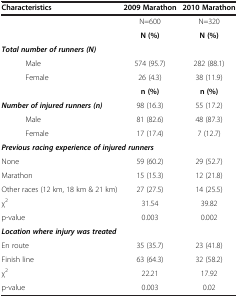
<table><thead><tr><td><b>Characteristics</b></td><td><b>2009 Marathon</b></td><td><b>2010 Marathon</b></td></tr></thead><tbody><tr><td> </td><td>N=600</td><td>N=320</td></tr><tr><td> </td><td><b>N (%)</b></td><td><b>N (%)</b></td></tr><tr><td colspan="3"><b><i>Total number of runners (N)</i></b></td></tr><tr><td>Male</td><td>574 (95.7)</td><td>282 (88.1)</td></tr><tr><td>Female</td><td>26 (4.3)</td><td>38 (11.9)</td></tr><tr><td> </td><td><b>n (%)</b></td><td><b>n (%)</b></td></tr><tr><td><b><i>Number of injured runners (n)</i></b></td><td>98 (16.3)</td><td>55 (17.2)</td></tr><tr><td>Male</td><td>81 (82.6)</td><td>48 (87.3)</td></tr><tr><td>Female</td><td>17 (17.4)</td><td>7 (12.7)</td></tr><tr><td colspan="3"><b><i>Previous racing experience of injured runners</i></b></td></tr><tr><td>None</td><td>59 (60.2)</td><td>29 (52.7)</td></tr><tr><td>Marathon</td><td>15 (15.3)</td><td>12 (21.8)</td></tr><tr><td>Other races (12 km, 18 km &amp; 21 km)</td><td>27 (27.5)</td><td>14 (25.5)</td></tr><tr><td>χ<sup>2</sup></td><td>31.54</td><td>39.82</td></tr><tr><td>p-value</td><td>0.003</td><td>0.002</td></tr><tr><td colspan="3"><b><i>Location where injury was treated</i></b></td></tr><tr><td>En route</td><td>35 (35.7)</td><td>23 (41.8)</td></tr><tr><td>Finish line</td><td>63 (64.3)</td><td>32 (58.2)</td></tr><tr><td>χ<sup>2</sup></td><td>22.21</td><td>17.92</td></tr><tr><td>p-value</td><td>0.003</td><td>0.02</td></tr></tbody></table>